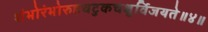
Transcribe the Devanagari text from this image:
शंभोरंभोरुहचटुकचक्षुर्विजयते॥४॥